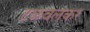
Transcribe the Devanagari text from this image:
टळवलकर